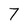
Character: 7